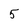
Character: 5